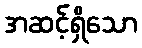
အဆင့်ရှိသော